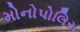
મોનોપોલિસ